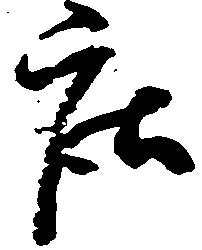
庄